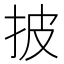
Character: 披